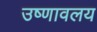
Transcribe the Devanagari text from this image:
उष्णावलय